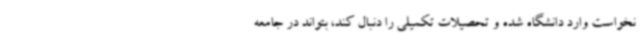
نخواست وارد دانشگاه شده و تحصیلات تکمیلی را دنبال کند، بتواند در جامعه